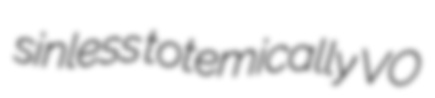
sinless totemically VO